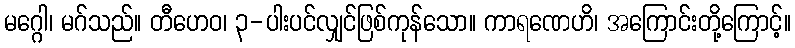
မဂ္ဂေါ၊ မဂ်သည်။ တီဟေဝ၊ ၃-ပါးပင်လျှင်ဖြစ်ကုန်သော။ ကာရဏေဟိ၊ အကြောင်းတို့ကြောင့်။